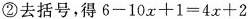
②去括号，得$$6-10x+1=4x+2$$